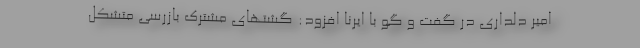
امیر دلداری در گفت و گو با ایرنا افزود: گشتهای مشترک بازرسی متشکل